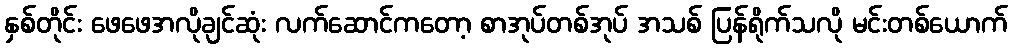
နှစ်တိုင်း ဖေဖေအလိုချင်ဆုံး လက်ဆောင်ကတော့ စာအုပ်တစ်အုပ် အသစ် ပြန်ရိုက်သလို မင်းတစ်ယောက်